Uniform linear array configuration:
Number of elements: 12
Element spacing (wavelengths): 1
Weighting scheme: binomial
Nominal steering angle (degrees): -15
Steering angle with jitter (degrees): -15.619
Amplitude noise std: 0.05
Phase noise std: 0.05

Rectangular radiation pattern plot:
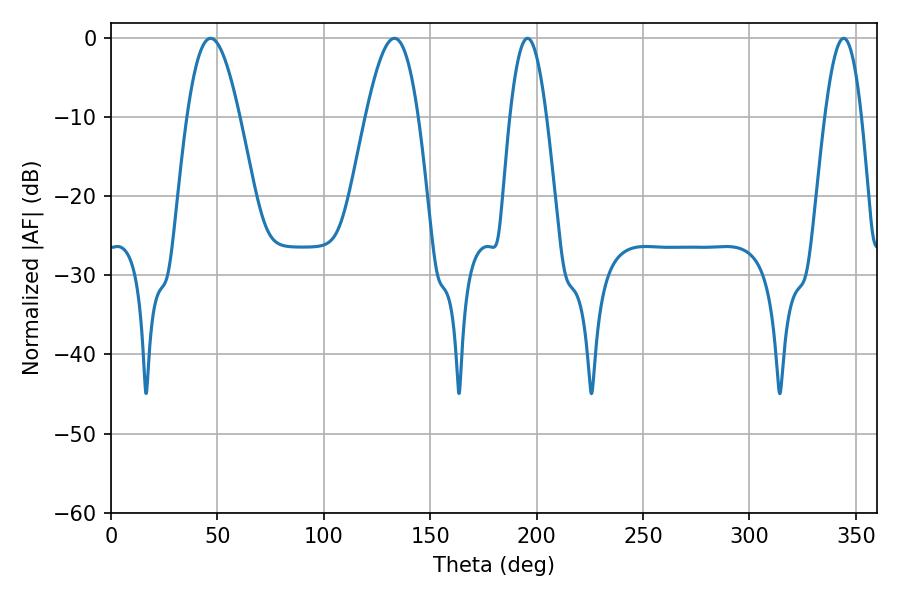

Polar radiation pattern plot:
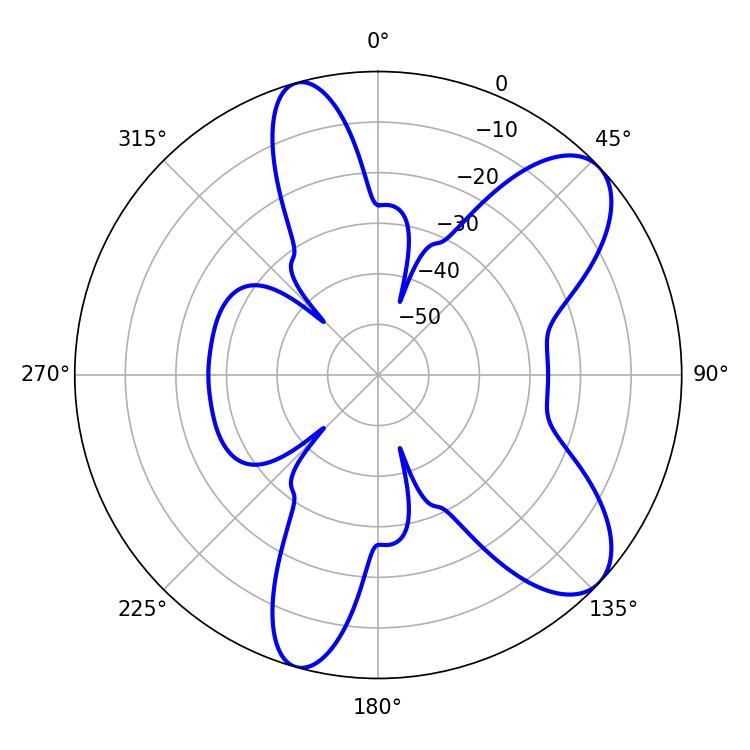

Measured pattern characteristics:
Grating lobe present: TRUE
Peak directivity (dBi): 8.613
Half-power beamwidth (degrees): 13.32
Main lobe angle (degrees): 46.8